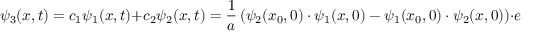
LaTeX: \psi _ { 3 } ( x , t ) = c _ { 1 } \psi _ { 1 } ( x , t ) + c _ { 2 } \psi _ { 2 } ( x , t ) = { \frac { 1 } { a } } \left( \psi _ { 2 } ( x _ { 0 } , 0 ) \cdot \psi _ { 1 } ( x , 0 ) - \psi _ { 1 } ( x _ { 0 } , 0 ) \cdot \psi _ { 2 } ( x , 0 ) \right) \cdot e ^ { - i E _ { g } t / \hbar }